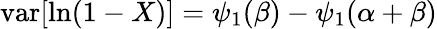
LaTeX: \operatorname{var}[\ln(1-X)]=\psi_{1}(\beta)-\psi_{1}(\alpha+\beta)